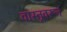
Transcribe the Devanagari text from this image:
वास्तूवरून